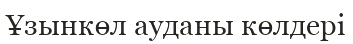
Ұзынкөл ауданы көлдері